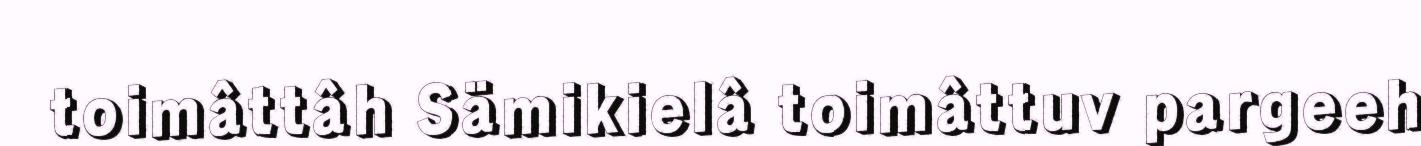
toimâttâh Sämikielâ toimâttuv pargeeh